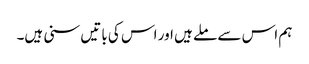
ہم اس سے ملے ہیں اور اس کی باتیں سنی ہیں۔